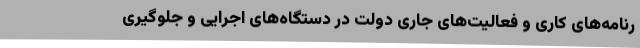
رنامه‌های کاری و فعالیت‌های جاری دولت در دستگاه‌های اجرایی و جلوگیری